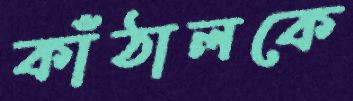
কাঁঠালকে